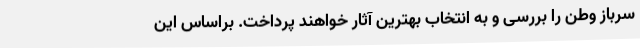
سرباز وطن را بررسی و به انتخاب بهترین آثار خواهند پرداخت. براساس این